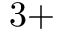
3 +